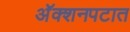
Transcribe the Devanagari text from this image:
अॅक्शनपटात